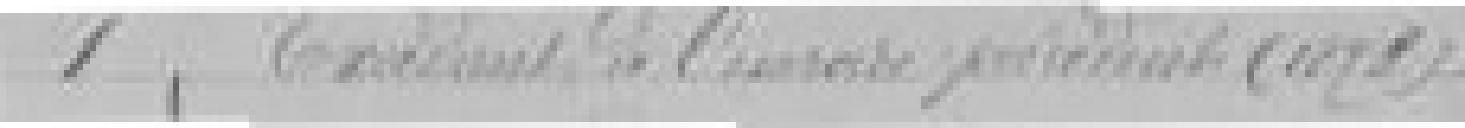
1. Excédent de l'exercice précédent (1898